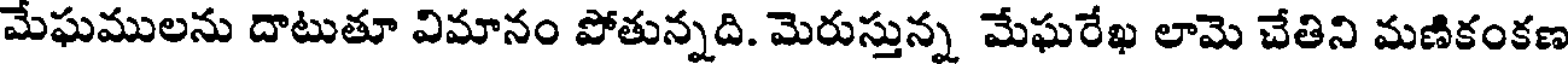
మేఘములను దాటుతూ విమానం పోతున్నది. మెరుస్తున్న మేఘరేఖ లామె చేతిని మణికంకణ